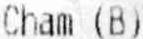
CHAM (B)